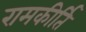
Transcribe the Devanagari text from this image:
रामकीर्ति